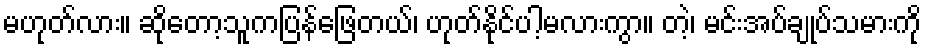
မဟုတ်လား။ ဆိုတော့သူကပြန်ဖြေတယ်၊ ဟုတ်နိုင်ပါ့မလားကွာ။ တဲ့၊ မင်းအပ်ချုပ်သမားကို